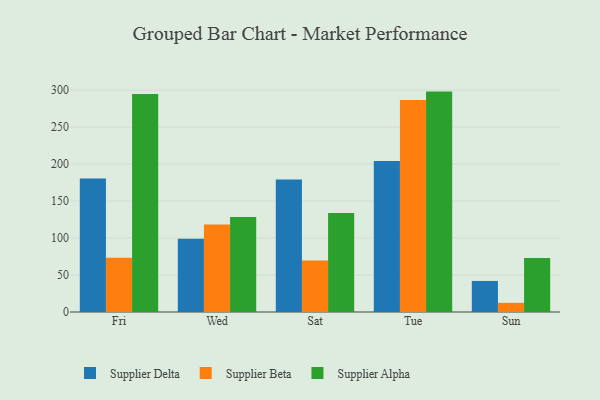
{"axis": {"x": "Day", "y": "Revenue (USD Million)"}, "legend": ["Supplier Alpha", "Supplier Beta", "Supplier Delta"], "data": [{"x": "Fri", "y": 180.6, "type": "Supplier Delta"}, {"x": "Fri", "y": 73.5, "type": "Supplier Beta"}, {"x": "Fri", "y": 294.6, "type": "Supplier Alpha"}, {"x": "Wed", "y": 98.9, "type": "Supplier Delta"}, {"x": "Wed", "y": 118.2, "type": "Supplier Beta"}, {"x": "Wed", "y": 128.3, "type": "Supplier Alpha"}, {"x": "Sat", "y": 179.3, "type": "Supplier Delta"}, {"x": "Sat", "y": 69.8, "type": "Supplier Beta"}, {"x": "Sat", "y": 133.8, "type": "Supplier Alpha"}, {"x": "Tue", "y": 204.1, "type": "Supplier Delta"}, {"x": "Tue", "y": 286.6, "type": "Supplier Beta"}, {"x": "Tue", "y": 298.0, "type": "Supplier Alpha"}, {"x": "Sun", "y": 42.0, "type": "Supplier Delta"}, {"x": "Sun", "y": 12.4, "type": "Supplier Beta"}, {"x": "Sun", "y": 73.0, "type": "Supplier Alpha"}]}